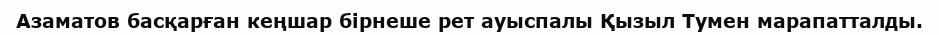
Азаматов басқарған кеңшар бірнеше рет ауыспалы Қызыл Тумен марапатталды.